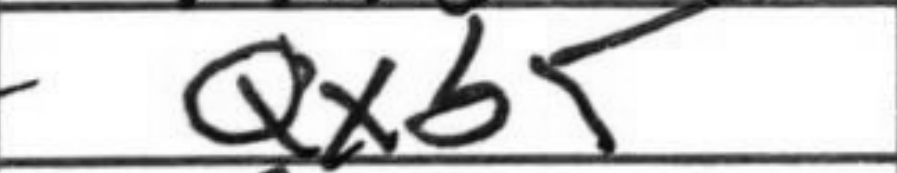
Transcription: Qxb5